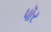
પૉર